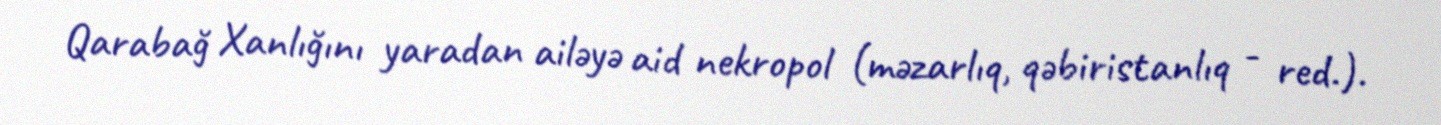
Qarabağ Xanlığını yaradan ailəyə aid nekropol (məzarlıq, qəbiristanlıq - red.).